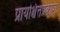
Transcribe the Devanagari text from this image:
प्रायश्चित्तप्रकाशः